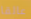
عالقا